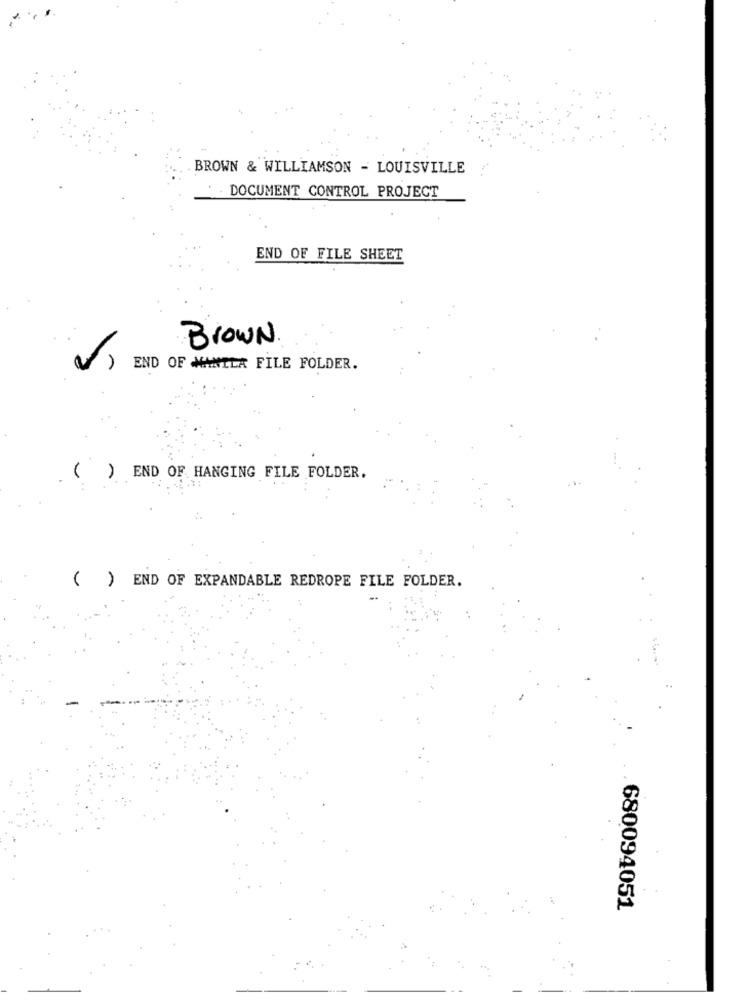
BROWN & WILLIAMSON - LOUISVILLE
DOCUMENT CONTROL PROJECT
END OF FILE SHEET
Brown
END OF MANILA FILE FOLDER.
( ) END OF HANGING FILE FOLDER.
( ) END OF EXPANDABLE REDROPE FILE FOLDER.
680094051